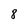
Character: 8